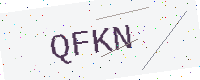
Text: QFKN